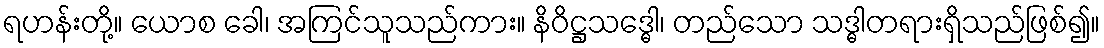
ရဟန်းတို့။ ယောစ ခေါ၊ အကြင်သူသည်ကား။ နိဝိဋ္ဌသဒ္ဓေါ၊ တည်သော သဒ္ဓါတရားရှိသည်ဖြစ်၍။